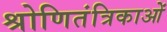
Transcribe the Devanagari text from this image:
श्रोणितंत्रिकाओं